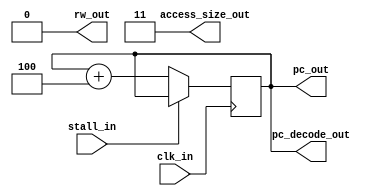
module ECE429_Fetch(clk_in, pc_out, pc_decode_out, rw_out, stall_in, access_size_out);

input clk_in;
input stall_in;

output [0:31] pc_out;
output [0:31] pc_decode_out;
output rw_out;	// 0 to read, 1 to write
output [0:1] access_size_out;	// 11 for word, 10 for half-word, 01/00 byte

reg [0:31] program_counter;

assign pc_out = program_counter;
assign pc_decode_out = program_counter;
assign access_size_out = 2'b11;
assign rw_out = 1'b0;

initial begin
	program_counter = 32'h80020000;
end

always @ (negedge clk_in)
begin
	if (!stall_in) begin
		program_counter = program_counter + 4; 
	end
end
endmodule